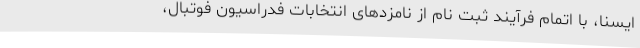
ایسنا، با اتمام فرآیند ثبت نام از نامزدهای انتخابات فدراسیون فوتبال،